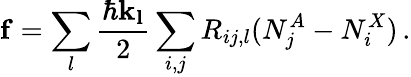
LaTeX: \mathbf{f}=\sum_{l}\frac{\hbar\mathbf{k_{l}}}{2}\sum_{i,j}R_{ij,l}(N_{j}^{A}-N_{i}^{X})\, .